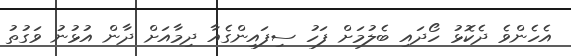
އެހެންވެ ދެކޮޅު ހޯދައި ބެލުމަށް ފަހު ސިފައިންގެއާ ދިމާއަށް ދާން އުޅުނު ވަގުތު